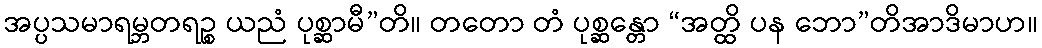
အပ္ပသမာရမ္ဘတရဉ္စ ယညံ ပုစ္ဆာမီ”တိ။ တတော တံ ပုစ္ဆန္တော “အတ္ထိ ပန ဘော”တိအာဒိမာဟ။